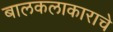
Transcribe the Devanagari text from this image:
बालकलाकाराचे